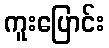
ကူးပြောင်း